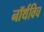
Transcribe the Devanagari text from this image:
नॉर्थविच